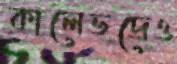
কালেভদ্রেও